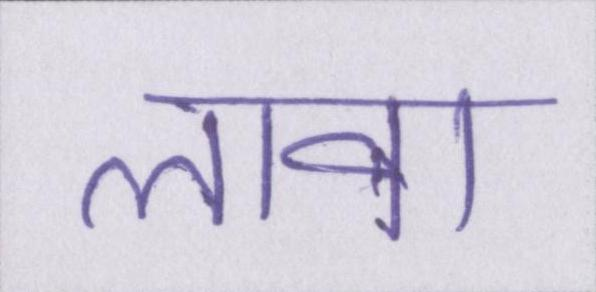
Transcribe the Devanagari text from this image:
लावा